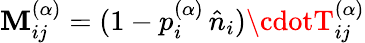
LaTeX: \mathbf{M}_{ij}^{(\alpha)}=(1-p_{i}^{(\alpha)}\, \hat{{n}}_{i})\cdotT_{ij}^{(\alpha)}